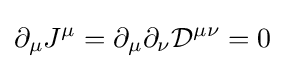
\partial _{\mu }J^{\mu }=\partial _{\mu }\partial _{\nu }{\mathcal {D}}^{\mu \nu }=0